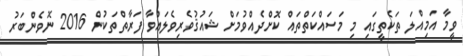
ވީމާ އަމިއްލަ ތަކެތީގައި މި މަސައްކަތްތައް ކޮށްދެއްވުމަށް ޝައުޤުވެރިވެލައްވާ ފަރާތްތަކުން 2016 ނޮވެންބަރު